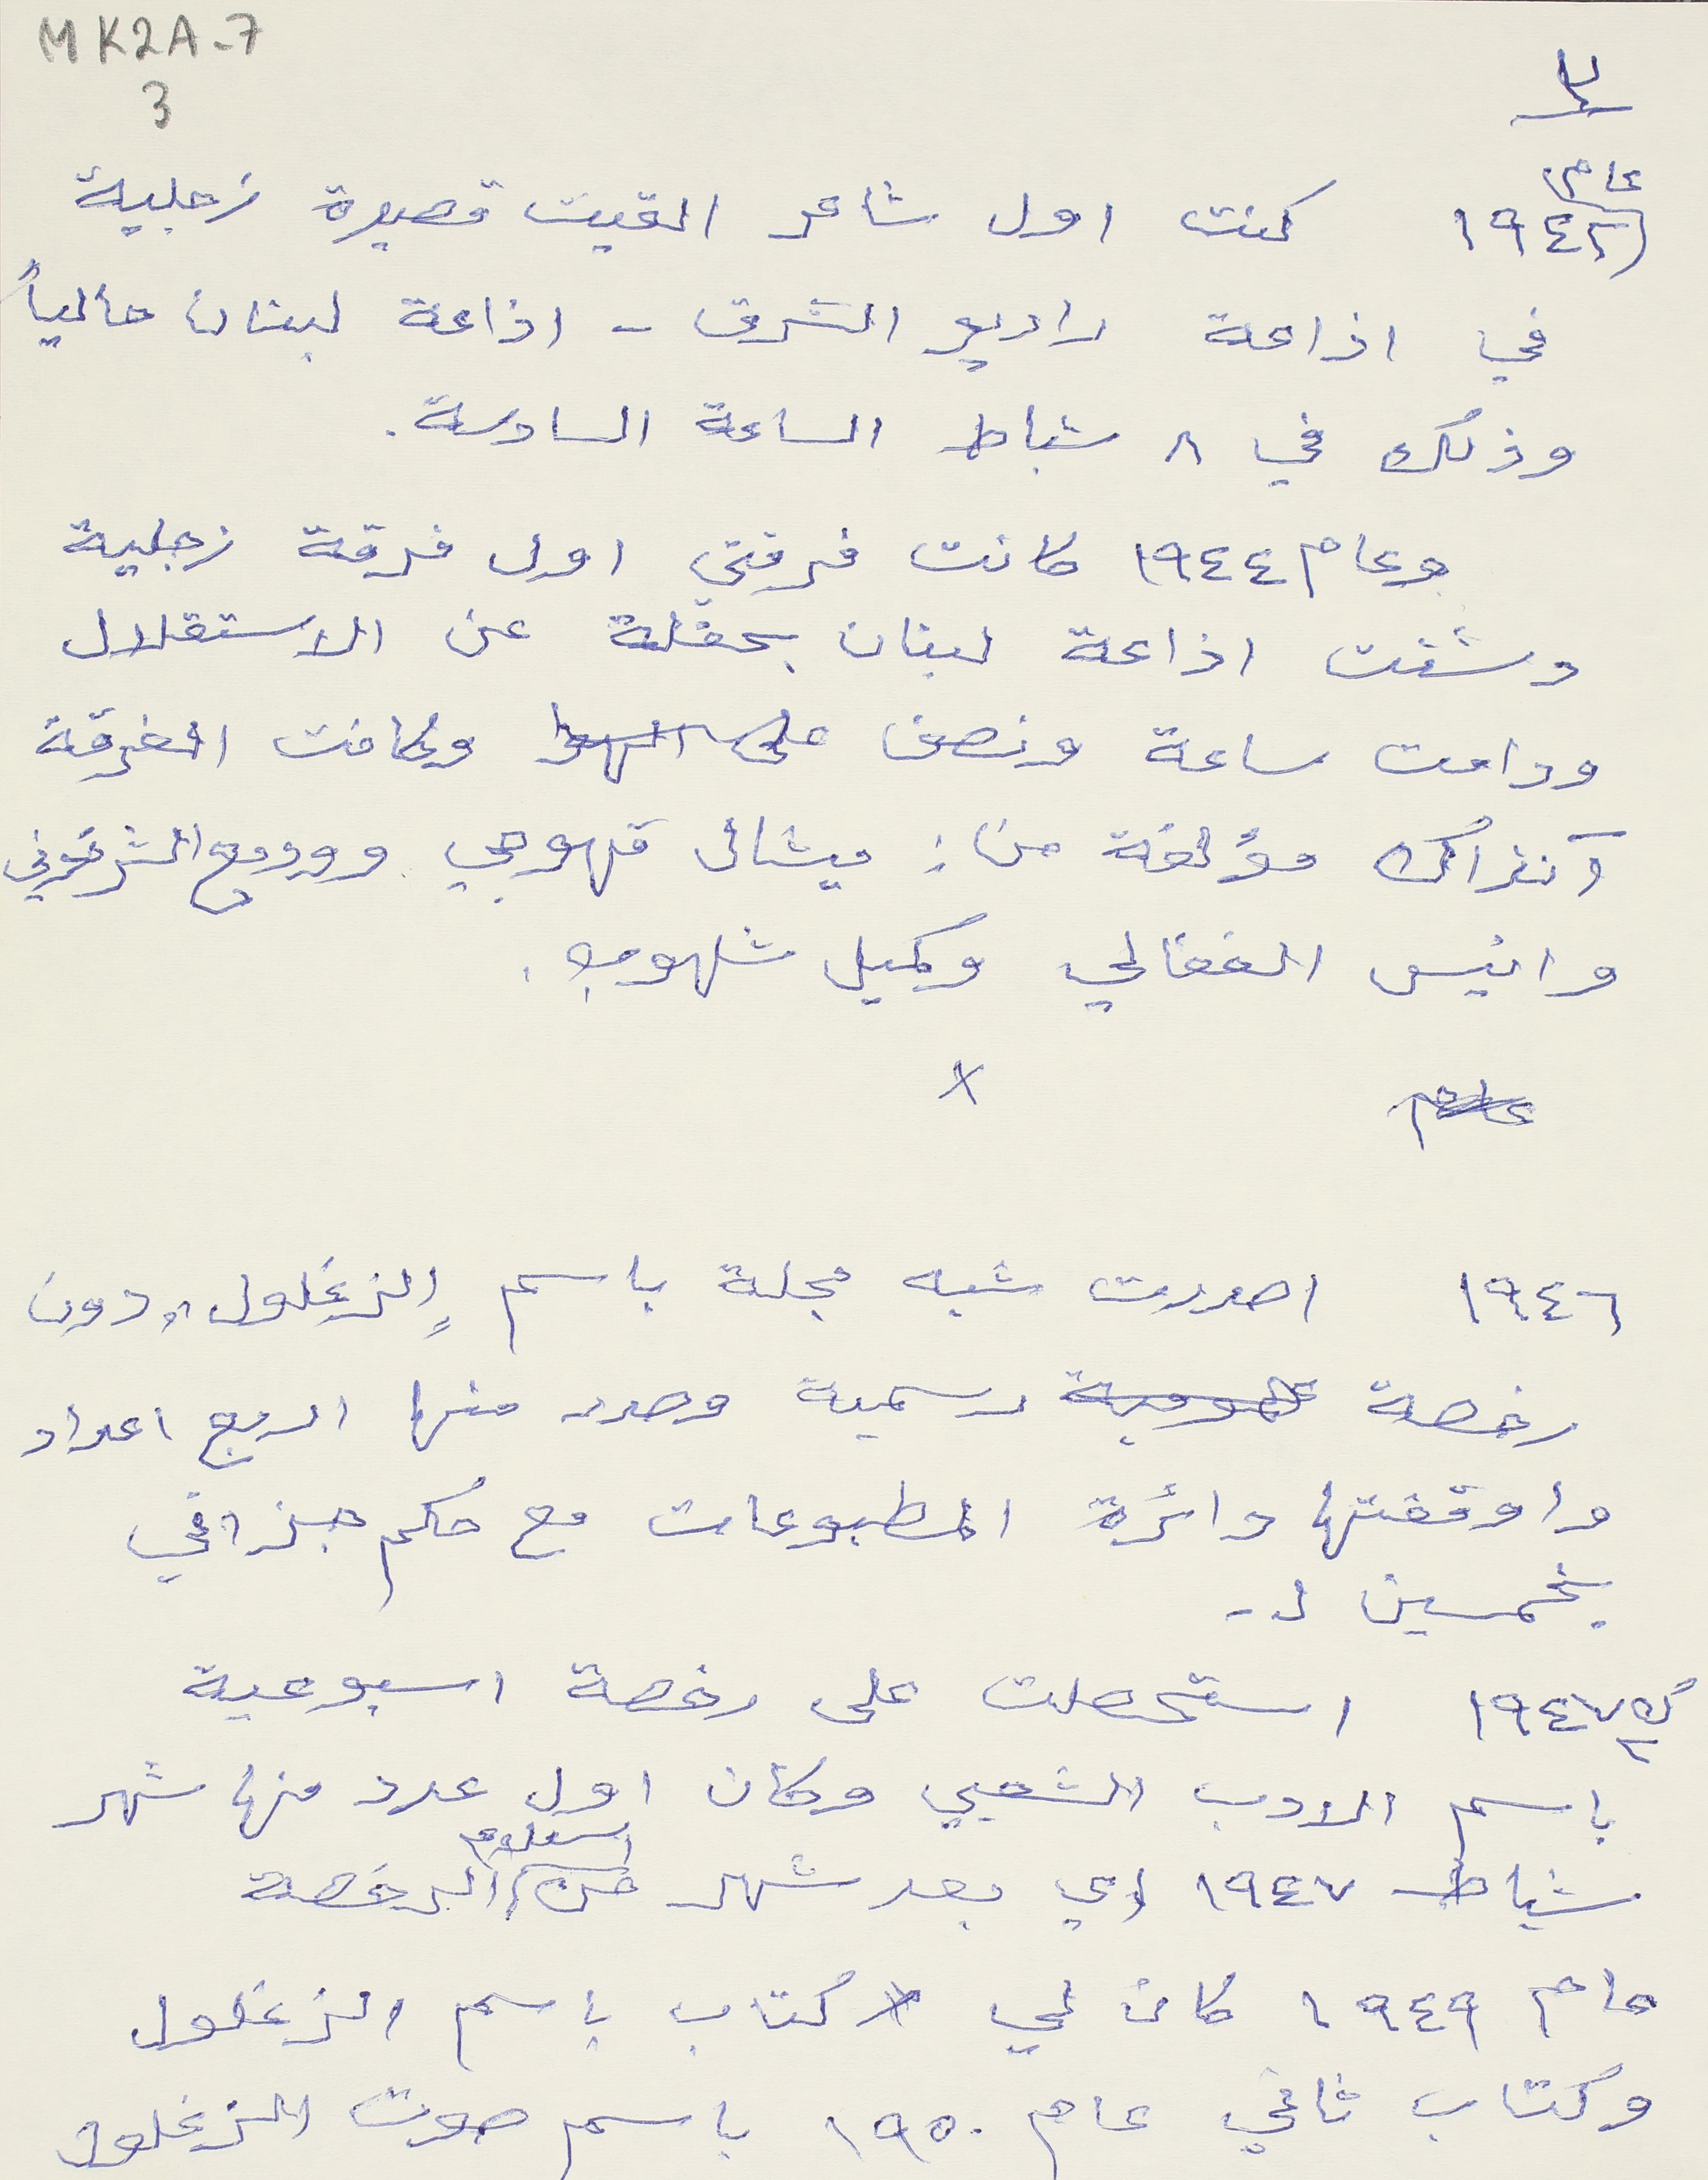
MK2A-7    3
في اذاعة راديو الشرق - اذاعة لبنان حالياً
وذلك في ٨ شباط الساعة السادسة.
وعام ١٩٤٤ كانت فرقتي اول فرقة زجلية
دشنت اذاعة لبنان بحفلة عن الاستقلال
ودامت ساعة ونصف على الهوا وكانت الفرقة
آنذاك مؤلقة من : ميشال قهوجي ووديع الشرتوني
وانيس الفغالي وكميل شلهوب.
١٩٤٦ اصدرت شبه مجلة باسم الزغلول "دون
رخصة رسمية وصدر منها اربع اعداد
واوقفتها دائرة المطبوعات مع حكم جزائي
بخمسين ل.
ك٢ ١٩٤٧ استحصلت على رخصة اسبوعية
باسم الادب الشعبي وكان اول عدد منها شهر
شباط ١٩٤٧ اي بعد شهر من استلام الرخصة
عام ١٩٤٩ كان لي كتاب باسم الزغلول
٣
عام ١٩٤٢ كنت اول شاعر القيت قصيدة زجلية
عام
وكتاب ثاني عام ١٩٥٠ باسم صوت الزغلول